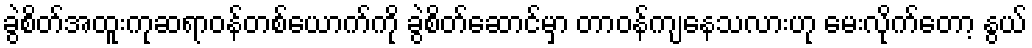
ခွဲစိတ်အထူးကုဆရာဝန်တစ်ယောက်ကို ခွဲစိတ်ဆောင်မှာ တာဝန်ကျနေသလားဟု မေးလိုက်တော့ နွယ်